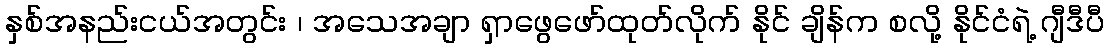
နှစ်အနည်းငယ်အတွင်း ၊ အသေအချာ ရှာဖွေဖော်ထုတ်လိုက် နိုင် ချိန်က စလို့ နိုင်ငံရဲ့ ဂျီဒီပီ